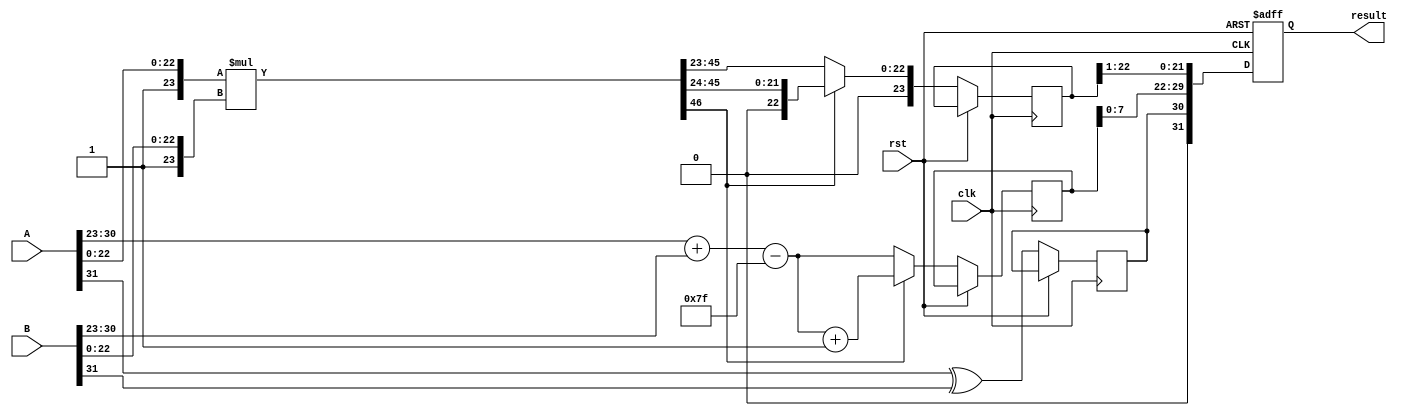
module radix4_fp_multiplier #(
    parameter E = 8, // Number of exponent bits
    parameter M = 23 // Number of mantissa bits
)(
    input wire clk,
    input wire rst,
    input wire [E + M:0] A, // Input A (sign + exponent + mantissa)
    input wire [E + M:0] B, // Input B (sign + exponent + mantissa)
    output reg [E + M:0] result // Output result (sign + exponent + mantissa)
);

// Internal signals
wire sign_A = A[E + M];
wire sign_B = B[E + M];
wire [E - 1:0] exponent_A = A[E + M - 1:E + M - E];
wire [E - 1:0] exponent_B = B[E + M - 1:E + M - E];
wire [M - 1:0] mantissa_A = A[M - 1:0];
wire [M - 1:0] mantissa_B = B[M - 1:0];

// Normalize mantissas
wire [M:0] norm_mantissa_A = {1'b1, mantissa_A}; // Implicit leading 1
wire [M:0] norm_mantissa_B = {1'b1, mantissa_B}; // Implicit leading 1

// Exponent bias
localparam BIAS = (1 << (E - 1)) - 1;

// Calculate exponent for result
wire [E:0] exponent_sum = {1'b0, exponent_A} + {1'b0, exponent_B} - BIAS;

// Radix-4 multiplication
wire [2*M:0] mantissa_product = norm_mantissa_A * norm_mantissa_B;

// Result mantissa and exponent handling
reg [M:0] result_mantissa;
reg [E:0] result_exponent;
reg result_sign;

always @(posedge clk or posedge rst) begin
    if (rst) begin
        result <= 0;
    end else begin
        // Determine sign of the result
        result_sign <= sign_A ^ sign_B;

        // Check if mantissa product needs normalization
        if (mantissa_product[2*M]) begin
            // Normalize: shift right
            result_mantissa <= mantissa_product[2*M-1:M] >> 1;
            result_exponent <= exponent_sum + 1; // Adjust exponent
        end else begin
            result_mantissa <= mantissa_product[2*M-1:M];
            result_exponent <= exponent_sum;
        end

        // Combine sign, exponent, and mantissa into result
        result <= {result_sign, result_exponent[E - 1:0], result_mantissa[M - 1:1]};
    end
end

endmodule